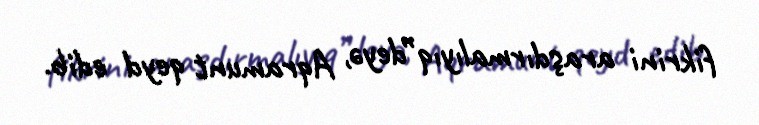
fikrini araşdırmalıyıq”deyə, Aqramunt qeyd edib.